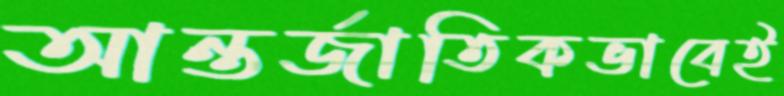
আন্তর্জাতিকভাবেই